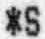
*S